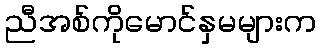
ညီအစ်ကိုမောင်နှမများက